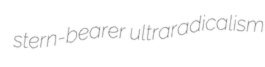
stern-bearer ultraradicalism